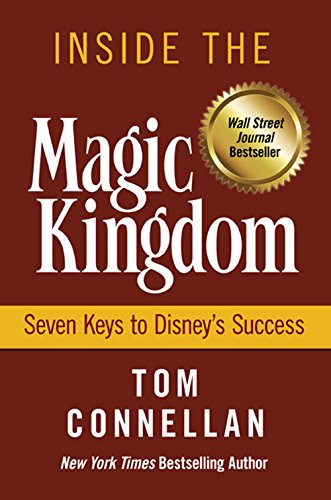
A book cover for Inside the Magic Kingdom : Seven Keys to Disney's Success; Tom Connellan; Business & Money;